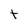
Character: t